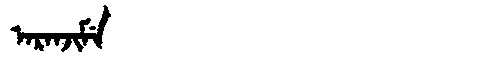
Manchu: ᠠᡵᠠᠨᠵᡳᠮᡝ
Romanization: ARANJIME